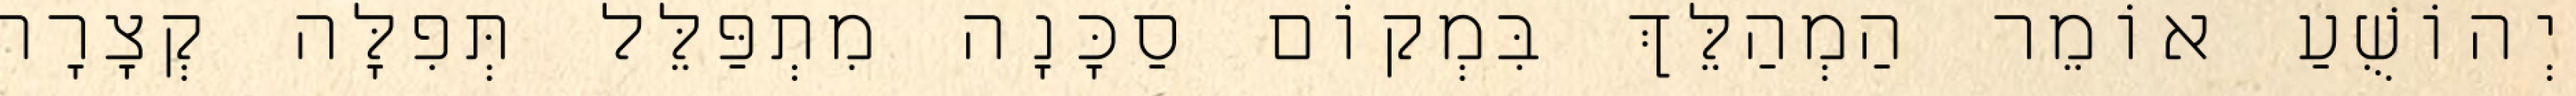
יְהוֹשֻׁעַ אוֹמֵר הַמְהַלֵּךְ בִּמְקוֹם סַכָּנָה מִתְפַּלֵּל תְּפִלָּה קְצָרָה